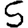
Digit: 5